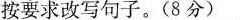
5.按要求改写句子。(8分